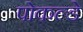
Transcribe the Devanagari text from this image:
पोकल्डे